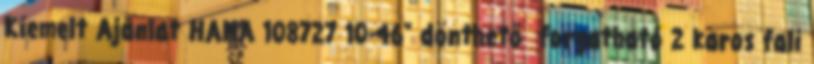
Kiemelt Ajánlat HAMA 108727 10-46" dönthető forgatható 2 karos fali